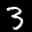
Label: 3